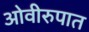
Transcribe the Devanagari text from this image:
ओवीरुपात